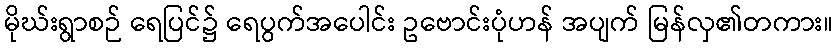
မိုဃ်းရွာစဉ် ရေပြင်၌ ရေပွက်အပေါင်း ဥဗောင်းပုံဟန် အပျက် မြန်လှ၏တကား။